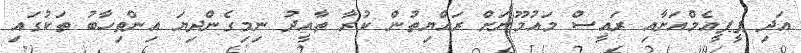
އަދި ޕީޕީއެމްއަށާއި ރައީސް މައުމޫނަށް ރައްޔިތުން ކުރާ ތާއީދު ނިމިގެންދިޔަ އިންތިހާބު ތަކުގައި